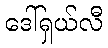
ဒေါ်ရှယ်လီ